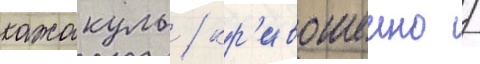
кажакуль / кр'ивошеино /